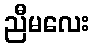
ညီမလေး